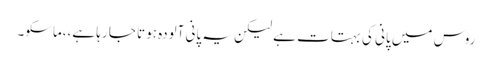
روس میں پانی کی بہتات ہے لیکن یہ پانی آلودہ ہوتا جا رہا ہے،،ماسکو۔